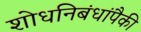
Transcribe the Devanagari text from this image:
शोधनिबंधांपैकी